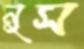
নুস